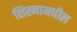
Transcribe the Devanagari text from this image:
शिस्नामधील